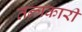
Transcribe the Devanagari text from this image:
तन्त्रकारी